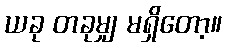
ယခု တခုမျှ မရှိတော့။